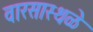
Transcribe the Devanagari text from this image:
वारसास्थळे